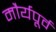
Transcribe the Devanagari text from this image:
मौर्यपूर्व